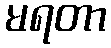
မရတာ